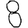
Digit: 8